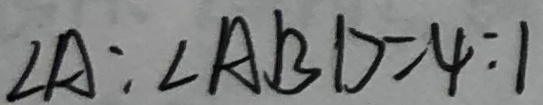
\angle A : \angle A B D = 4 : 1